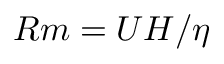
R m = U H / \eta